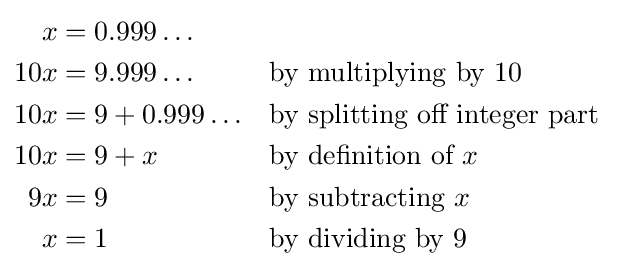
{\begin{aligned}x&=0.999\ldots \\10x&=9.999\ldots &&{\text{by multiplying by }}10\\10x&=9+0.999\ldots &&{\text{by splitting off integer part}}\\10x&=9+x&&{\text{by definition of }}x\\9x&=9&&{\text{by subtracting }}x\\x&=1&&{\text{by dividing by }}9\end{aligned}}